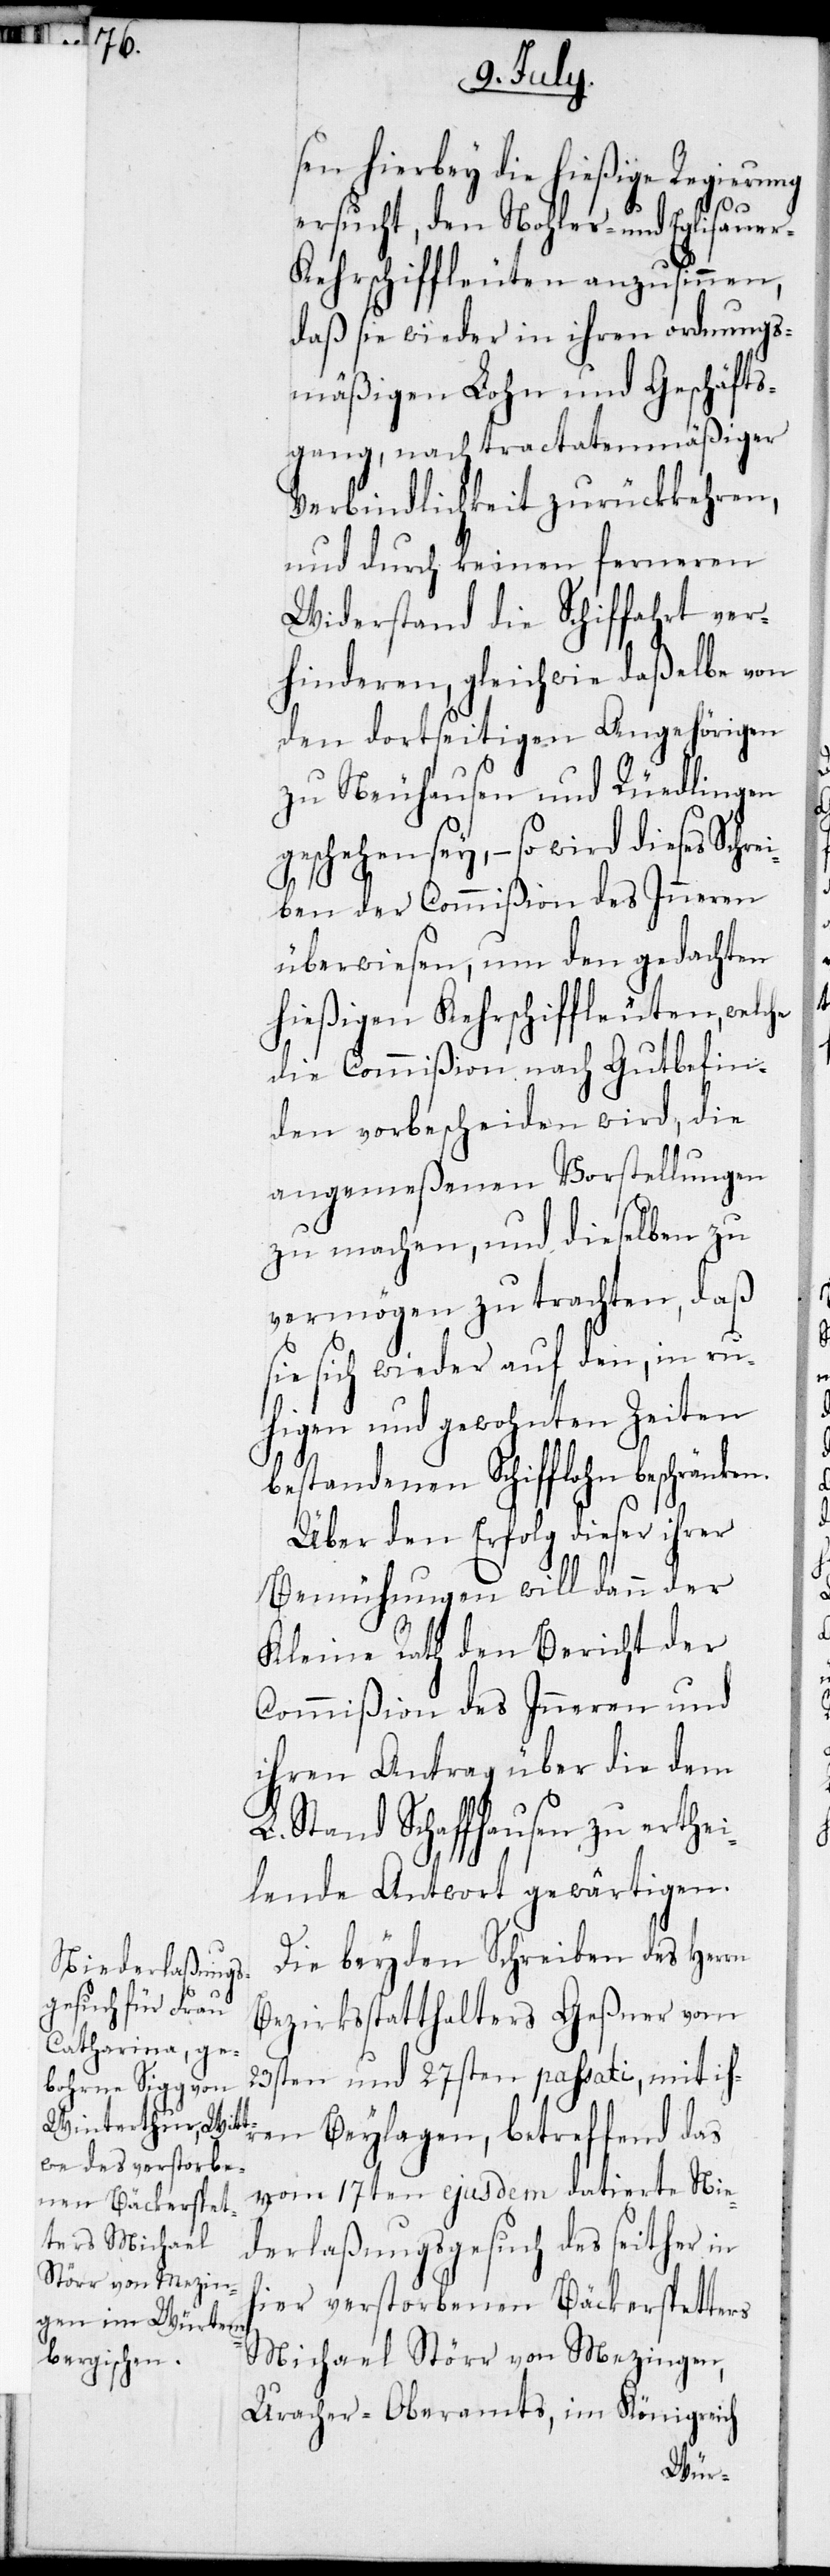
sen hierbey die hießige Regierung
n.
ersucht, den Nohler- und Eglisauer-K¬
ehrschiffleuten anzusinnen,
daß sie wieder in ihrem ordnungs¬
mäßigen Lohn und Geschäfts¬
gang, nach tractatenmäßiger
Verbindlichkeit zurückkehren,
und durch keinen ferneren
Widerstand die Schiffahrt ver¬
hinderen, gleichwie daßelbe von
den dortseitigen Angehörigen
zu Neuhausen und Rüedlingen
geschehen sey, – so wird dieses
ben der Commißion des Inneren
überwiesen, um den gedachten
hießigen Kehrschiffleuten, welche
die Commißion nach Gutbefin¬
den vorbescheiden wird, die
angemeßenen Vorstellungen
zu machen, und dieselben zu
vermögen zu trachten, daß
sie sich wieder auf den, in ru¬
higen und gewohnten Zeiten
bestandenen Schifflohn beschränke¬
Über den Erfolg dieser ihrer
Bemühungen will denn der
Kleine Rath den Bericht der
Commißion des Inneren und
ihrem Antrag über die dem
L. Stand Schaffhausen zu erthei¬
lende Antwort gewärtigen.
Die beyden Schreiben des Herrn
Bezirksstatthalters Geßner vom
23sten und 27sten passati, mit ihr¬
en Beylagen, betreffend das
vom 17ten ejusdem datierten Nie¬
derlaßungsgesuch des seither in
hier verstorbenen Bäckerspetters
Michael Störr von Mezingen,
Uracher-Oberamts, im Königreich